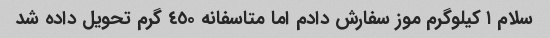
سلام ١ کیلوگرم موز سفارش دادم اما متاسفانه ٤٥٠ گرم تحویل داده شد